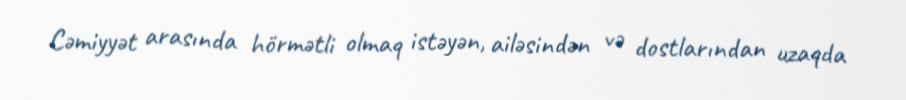
Cəmiyyət arasında hörmətli olmaq istəyən, ailəsindən və dostlarından uzaqda